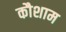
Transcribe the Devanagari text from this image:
कौशाम